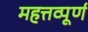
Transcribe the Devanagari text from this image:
महत्तव्पूर्ण